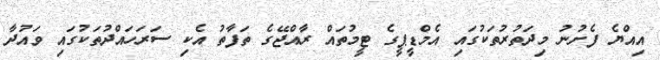
އިއްޔެ ފެށުނު މިދަތުރުތަކުގައި އެމްޑީޕީގެ ޓީމުތައް ރާއްޖޭގެ ތަފާތު އެކި ސަރަހައްދުތަކުގައި ވައުދާ